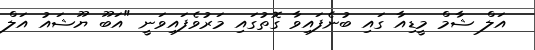
އަލް ޝާމް މީޑިއާ ގައި ބުނެފައިވާ ގޮތުގައި މަރުވެފައިވަނީ "އަބޫ ޔޫޝައު އަލް